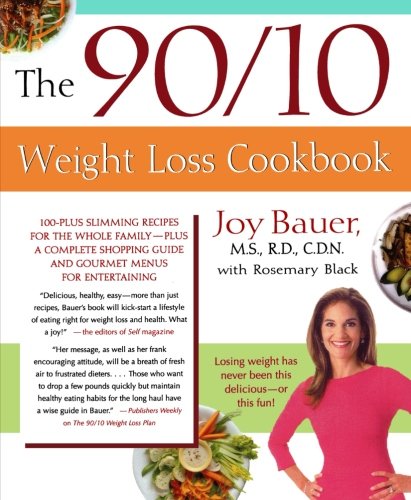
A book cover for The 90/10 Weight Loss Cookbook; Joy Bauer; Health, Fitness & Dieting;